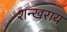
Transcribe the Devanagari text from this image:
शन्खराय